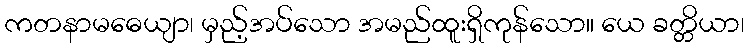
ကတနာမဓေယျာ၊ မှည့်အပ်သော အမည်ထူးရှိကုန်သော။ ယေ ခတ္တိယာ၊